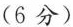
(6分)